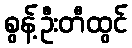
စွန့်ဦးတီထွင်